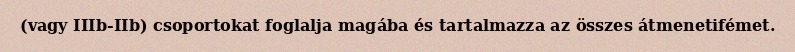
(vagy IIIb-IIb) csoportokat foglalja magába és tartalmazza az összes átmenetifémet.